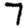
Digit: 7